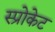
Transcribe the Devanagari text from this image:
स्प्रोकेट